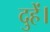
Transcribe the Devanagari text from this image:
दुहें।